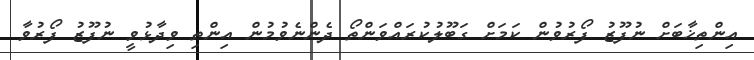
އިންތިޚާބަށް ނުފޫޒު ފޯރުވުން ކަމަށް ގަބޫލުކުރައްވަންތޯ ދެންނެވުމުން އިންތި ވިދާޅުވީ ނުފޫޒު ފޯރުވާ